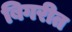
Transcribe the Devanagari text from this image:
बिगरीत